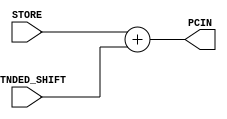
// Computer Architecture (CO224) - Lab 05
// Design: adder of Simple Processor

module adder(STORE,EXTNDED_SHIFT, PCIN);
    input [31:0] STORE, EXTNDED_SHIFT;//inputs for the adder
    output [31:0] PCIN;               //outputs

    assign #2 PCIN = STORE + EXTNDED_SHIFT;//here with #2 delay (pc+4)+extended and shift valve is added
    
endmodule